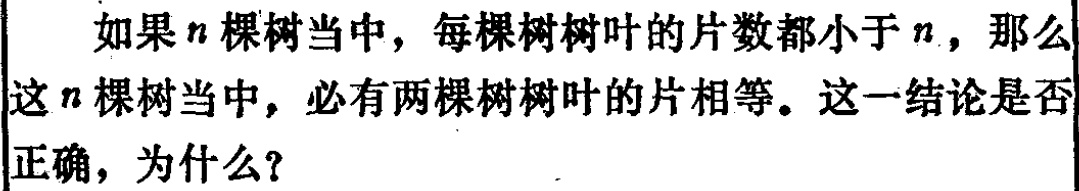
如果\(n\)棵树当中，每棵树树叶的片数都小于\(n\)，那么这\(n\)棵树当中，必有两棵树树叶的片相等。这一结论是否正确，为什么？